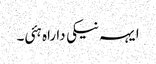
ایہہ نیکی دا راہ ہئی۔